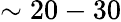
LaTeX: \sim 20-30